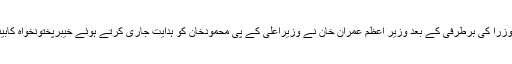
تفصیلات کے مطابق خیبرپختونخواہ میں 3 وزرا کی برطرفی کے بعد وزیر اعظم عمران خان نے وزیراعلیٰ کے پی محمودخان کو ہدایت جاری کرتے ہوئے خیبرپختونخواہ کابینہ کی کارکردگی پررپورٹ طلب کرلی ہے۔